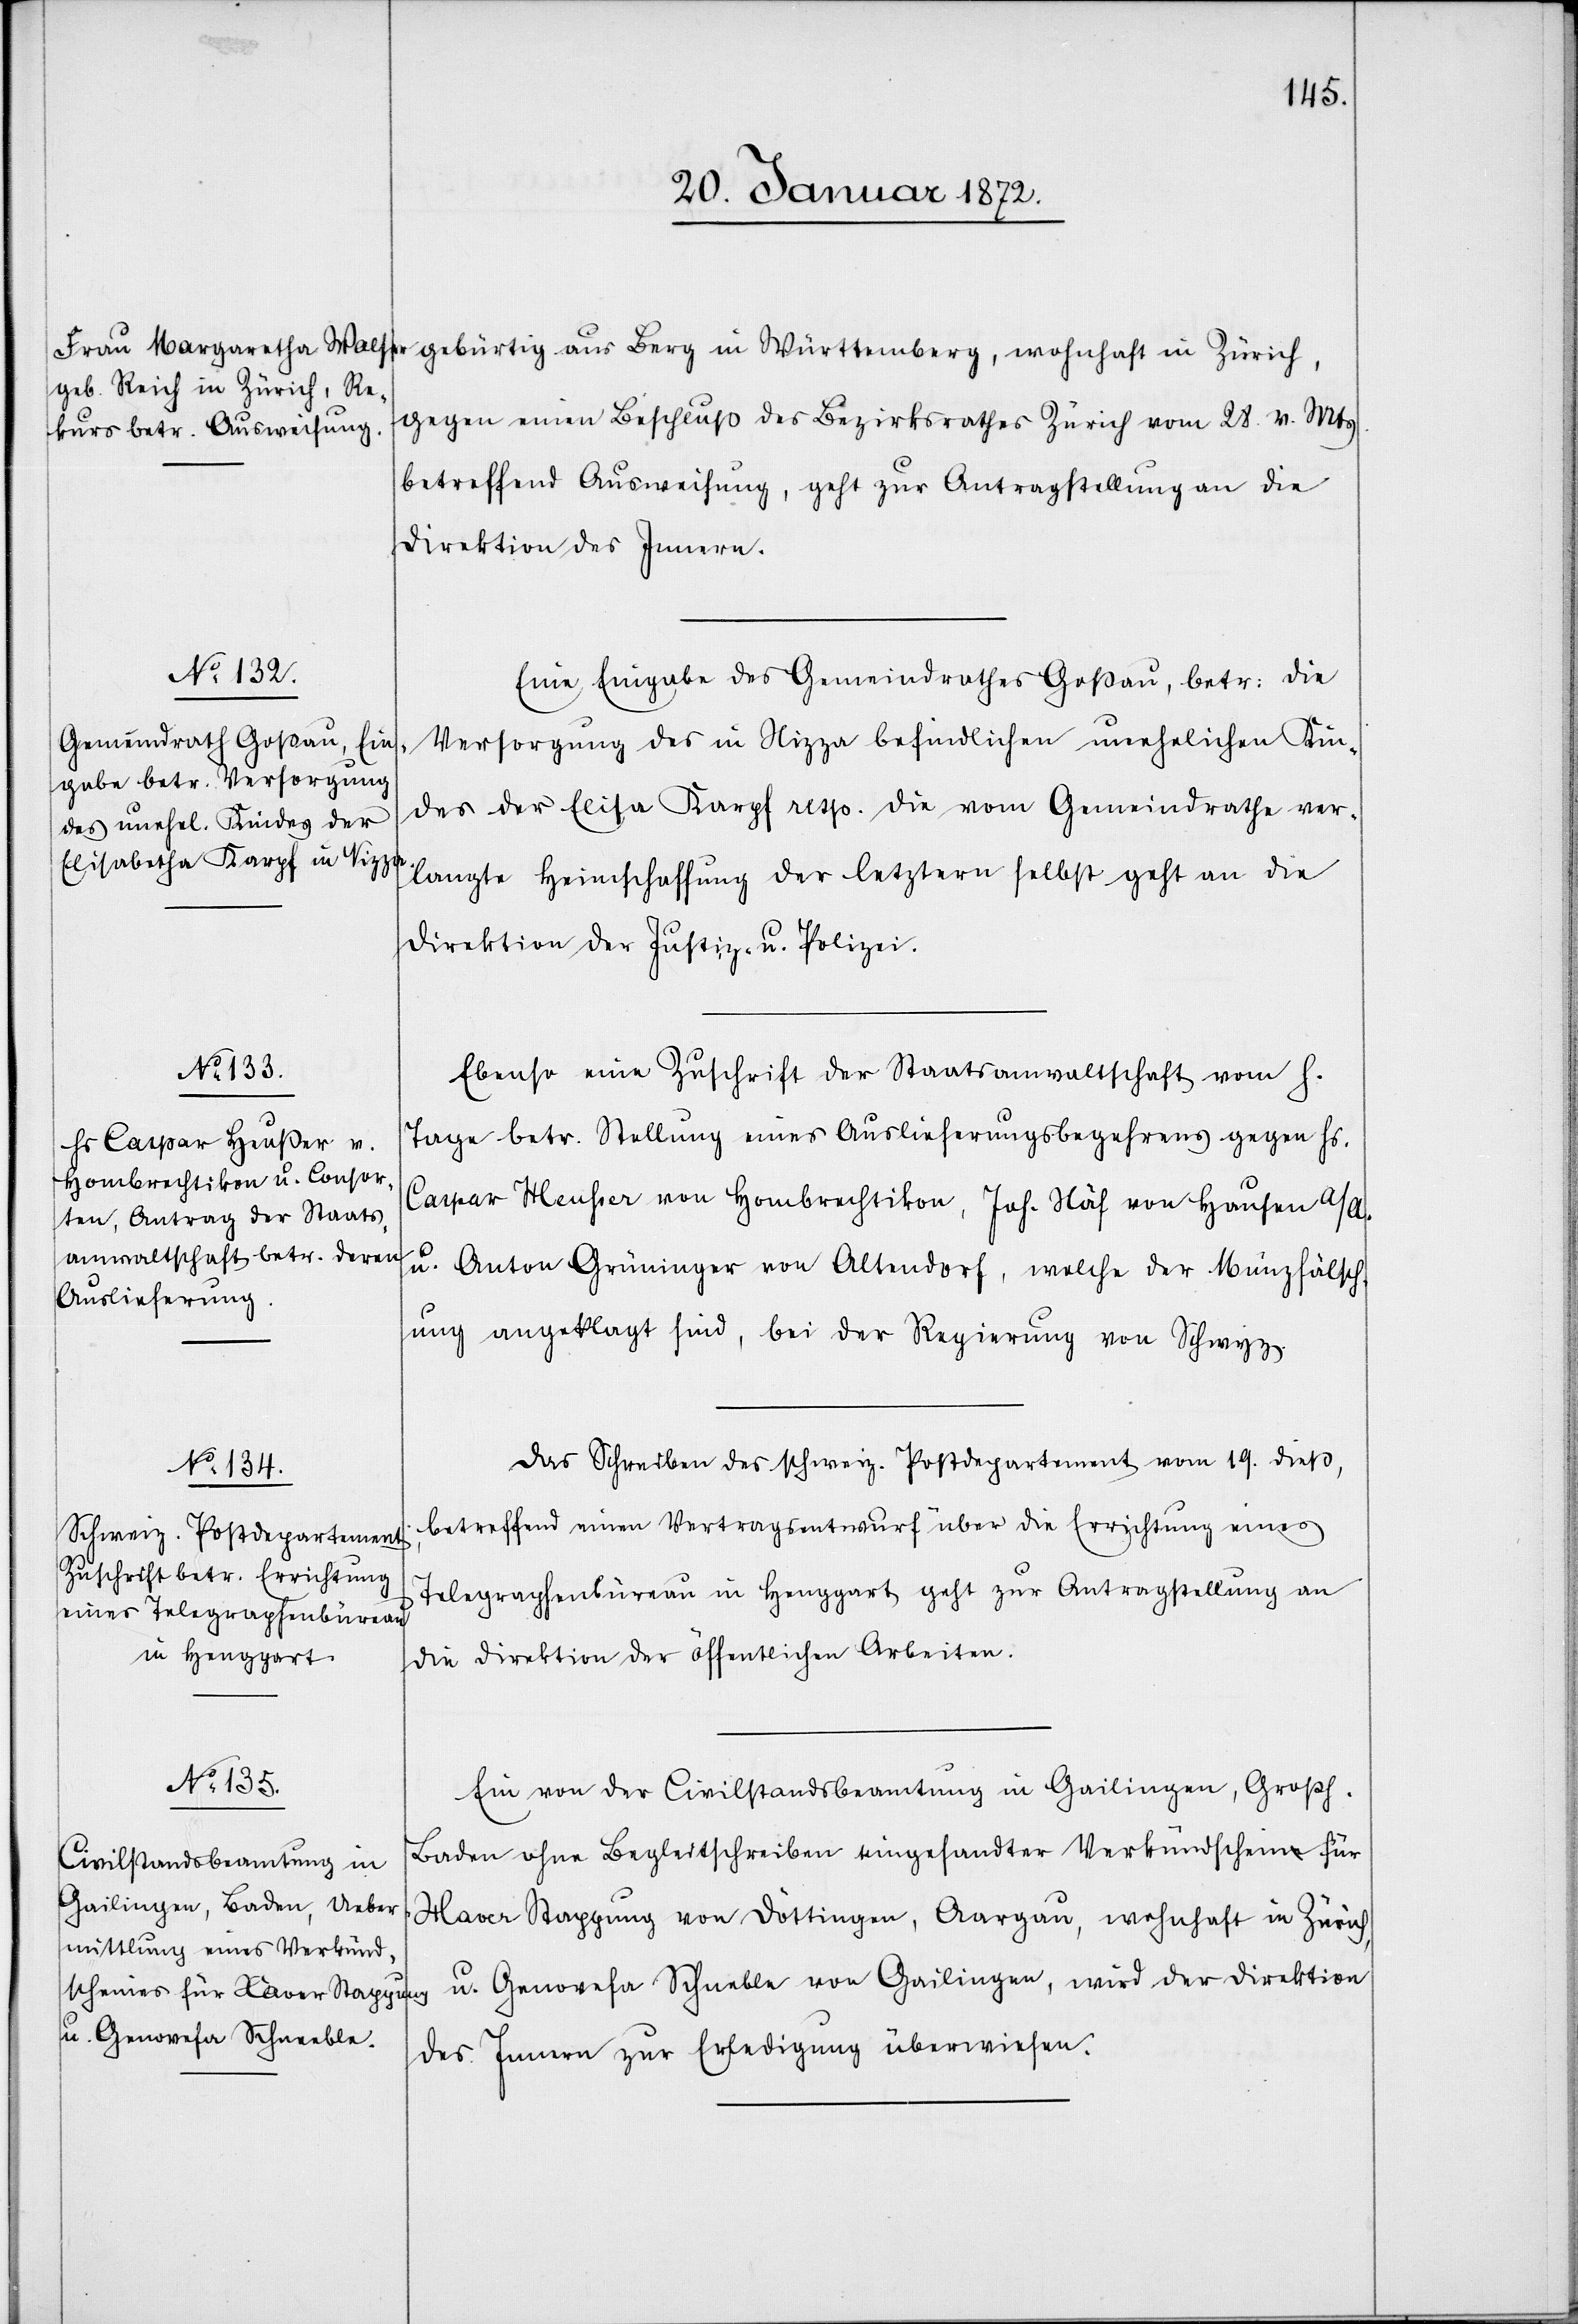
u. Genovesa Schneble

gebürtig aus Berg in Württemberg, wohnhaft in Zürich,
gegen einen Beschluß des Bezirksrathes Zürich vom 28. v. Mts.
betreffend Ausweisung, geht zur Antragsstellung an die
Direktion des Innern.
Eine Eingabe des Gemeindrathes Goßau, betr: die
Versorgung des in Nizza befindlichen unehelichen Kin¬
des der Elisa Karpf resp. die vom Gemeindrathe ver¬
langte Heimschaffung der letztern selbst geht an die
Direktion der Justiz- u. Polizei.
Ebenso eine Zuschrift der Staatsanwaltschaft vom h.
Tage betr. Stellung eines Auslieferungsbegehrens gegen Hs.
Caspar Heusser von Hombrechtikon, Joh. Näf von Hausen a/A.
u. Anton Grüninger von Altendorf, welche der Münzfälsch¬
ung angeklagt sind, bei der Regierung von Schwyz.
Das Schreiben des schweiz. Postdepartement vom 19. dieß,
betreffend einen Vertragsentwurf über die Errichtung eines
Telegraphenbüreau in Henggart geht zur Antragstellung an
die Direktion der öffentlichen Arbeiten.
Ein von der Civilstandsbeamtung in Gailingen, Großh.
Baden ohne Begleitschreiben eingesandter Verkündschein für
Xaver Stappung von Döttingen, Aargau, wohnhaft in Zürich,
des Innern zur Erledigung überwiesen.